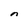
Character: n